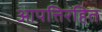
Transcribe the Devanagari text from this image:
आपत्तिरहित